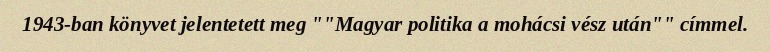
1943-ban könyvet jelentetett meg ""Magyar politika a mohácsi vész után"" címmel.